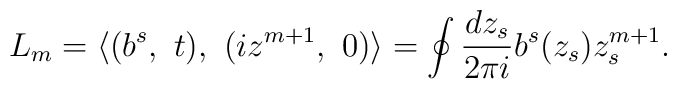
L_m = \langle (b^s, \ t), \ (iz^{m+1}, \ 0) \rangle  = \oint\frac{dz_s}{2\pi i} b^s(z_s)z_s^{m+1}.